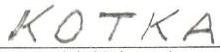
KOTKA